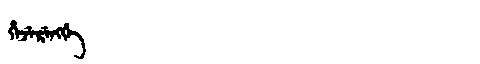
Manchu: ᡥᡝᠵᡝᡵᡝᠩᡤᡝ
Romanization: HEJERENGGE